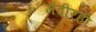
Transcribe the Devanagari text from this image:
मंदीरही